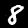
Label: 8